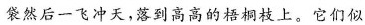
袋然后一飞冲天，落到高高的梧桐枝上。它们似